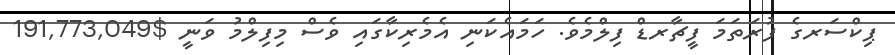
ޕިކްސަރގެ ފުރަތަމަ ފީޗާރޑް ފިލްމެވެ. ހަމައެކަނި އެމެރިކާގައި ވެސް މިފިލްމު ވަނީ $191